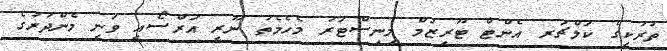
ތުރުކީގެ ކަލްޗަރ އެންޓް ޓޫރިޒަމް މިނިސްޓަރު މެހެމެތު ނޫރީ އަރްސޯއީ ވަނީ މެންދުރުގެ